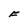
Character: F